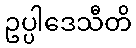
ဥပ္ပါဒေသီတိ